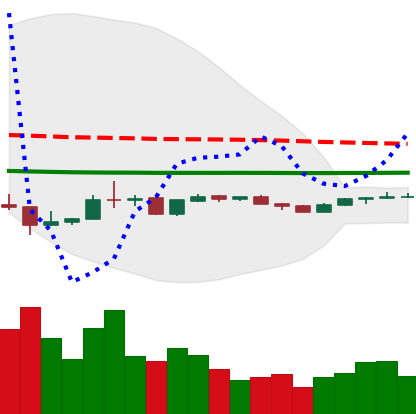
Ticker: LINK-USD
Chart end date: 2020-04-03
Forward return: 36.18%
Label: up_7plus